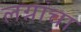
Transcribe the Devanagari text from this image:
लग्नांचा